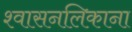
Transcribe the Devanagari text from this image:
श्वासनलिकाना